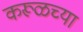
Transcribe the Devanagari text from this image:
करूळच्या